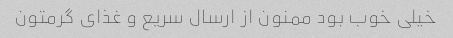
خیلی خوب بود ممنون از ارسال سریع و غذای گرمتون